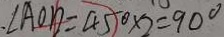
\angle A O D = 4 5 ^ { \circ } \times 2 = 9 0 ^ { \circ }